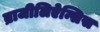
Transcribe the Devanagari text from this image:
ब्राजीलिऐन्सिस